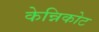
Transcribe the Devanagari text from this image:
केन्निकोट